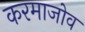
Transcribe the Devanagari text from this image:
करमाजोव